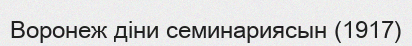
Воронеж діни семинариясын (1917)